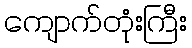
ကျောက်တုံးကြီး